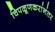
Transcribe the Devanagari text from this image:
चिपळूणकरांनंतर